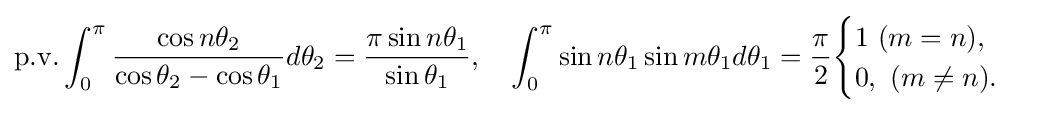
\mathrm {p.v.} \int _{0}^{\pi }{\frac {\cos n\theta _{2}}{\cos \theta _{2}-\cos \theta _{1}}}d\theta _{2}={\frac {\pi \sin n\theta _{1}}{\sin \theta _{1}}},\quad \int _{0}^{\pi }\sin n\theta _{1}\sin m\theta _{1}d\theta _{1}={\frac {\pi }{2}}{\begin{cases}1\,\,(m=n),\\0,\,\,(m\neq n).\end{cases}}